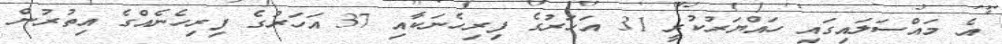
އެ މައްސަލައިގައި ހައްޔަރުކުރީ 31 އަހަރުގެ ފިރިހެނަކާއި 37 އަހަރުގެ ފިރިހެނެއްގެ އިތުރުން